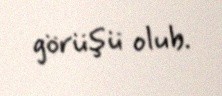
görüşü olub.